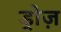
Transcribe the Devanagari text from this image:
ड्रोज़